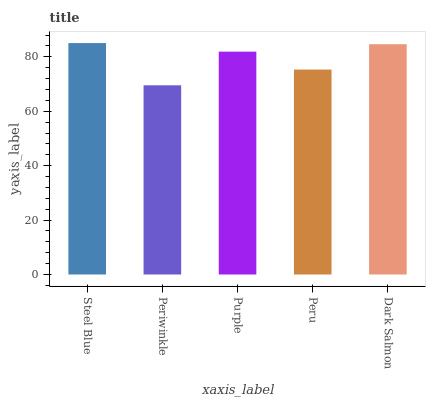
| xaxis_label | bars |
 | --- | --- |
 | Steel Blue | 85.1 |
 | Periwinkle | 69.5 |
 | Purple | 81.9 |
 | Peru | 75.3 |
 | Dark Salmon | 84.7 |